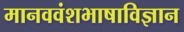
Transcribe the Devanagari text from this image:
मानववंशभाषाविज्ञान